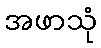
အဖာသုံ